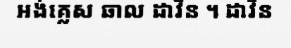
អង់គ្លេស ឆាល ដាវីន ។ ដាវីន